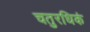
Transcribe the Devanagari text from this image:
चतुरधिकं